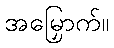
အမြှောက်။